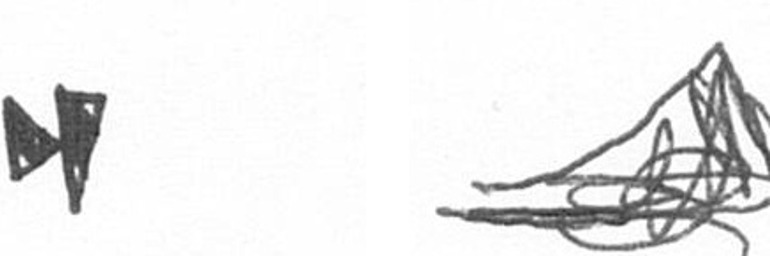
M O